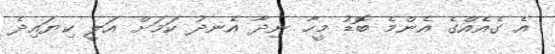
އެ ގެއެއްގެ އެންމެ ބޮޑު މީހާ ނިދާ އެނދު ކަމަށް އަލީ ކިޔައިދެ